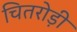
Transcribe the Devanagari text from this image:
चितरोड़ी